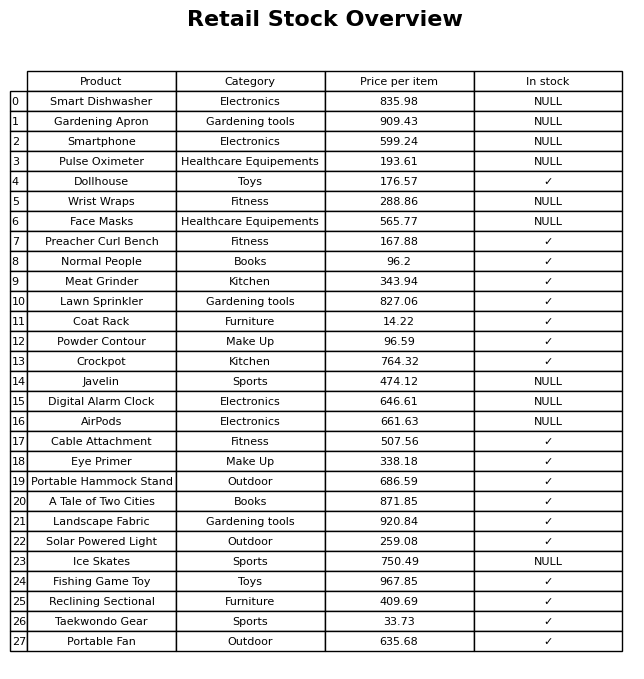
question: What is the price of the Eye Primer?
answer: The price of Eye Primer is 338.18.